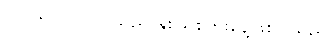
၂၀၂၆/၀၁/၀၁ သည် နှစ်သစ်ကူးနေ့ဖြစ်ပါသည်။